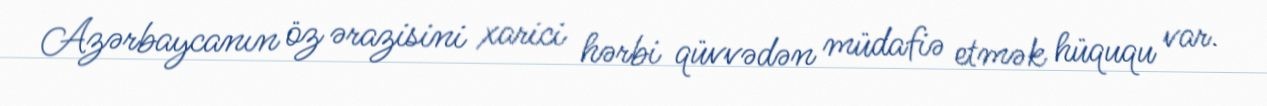
Azərbaycanın öz ərazisini xarici hərbi qüvvədən müdafiə etmək hüququ var.